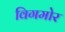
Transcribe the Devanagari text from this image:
विगमोर